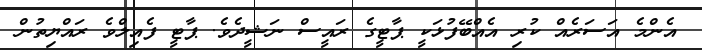
އެންމެ އަސަރެއް ކުރި އެއްބޭފުޅަކީ ޕާޓީގެ ރައީސް ނަޝީދެވެ. ޕާޓީ ފެއިލްވެ ރައްޔިތުން